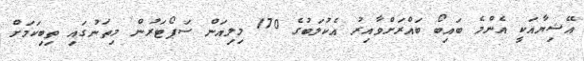
އޭޝިޔާއަކީ އެންމެ ބައިބޯ ބައްރަށްވާއިރު އެކުލަބުގެ 170 މިލިއަން ސަޕޯޓަރުން މިތަނުގައި ތިބިކަމަށް